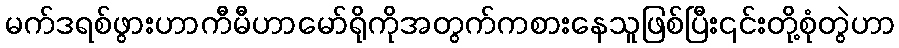
မက်ဒရစ်ဖွားဟာကီမီဟာမော်ရိုကိုအတွက်ကစားနေသူဖြစ်ပြီး၎င်းတို့စုံတွဲဟာ